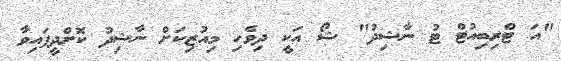
"އަ ޓްރިބިއުޓް ޓު ނާޝިދު" ޝޯ އަކީ ދިވެހި މިއުޒިކަށް ނާޝިދު ކޮށްދީފައިވާ